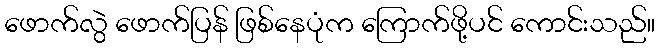
ဖောက်လွဲ ဖောက်ပြန် ဖြစ်နေပုံက ကြောက်ဖို့ပင် ကောင်းသည်။